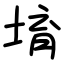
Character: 堉